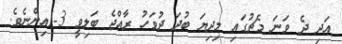
އަދި ދެ ވަނަ މެޗުގައި މިދިޔަ ބުދަ ދުވަހު ރާއްޖެ ބަލިވީ 3-1އިންނެވެ.